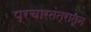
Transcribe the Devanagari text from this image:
प्रचारतंत्रातून